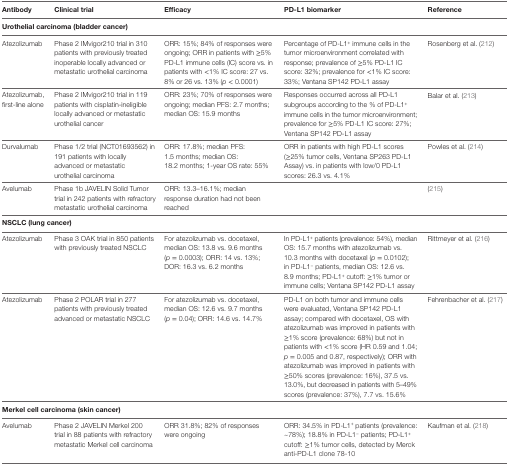
<table><thead><tr><td><b>Antibody</b></td><td><b>Clinical trial</b></td><td><b>Efficacy</b></td><td><b>PD-L1 biomarker</b></td><td><b>Reference</b></td></tr></thead><tbody><tr><td colspan="5"><b>Urothelial carcinoma (bladder cancer)</b></td></tr><tr><td>Atezolizumab</td><td>Phase 2 IMvigor210 trial in 310 patients with previously treated inoperable locally advanced or metastatic urothelial carcinoma</td><td>ORR: 15%; 84% of responses were ongoing; ORR in patients with ≥5% PD-L1 immune cells (IC) score vs. in patients with &lt;1% IC score: 27 vs. 8% or 26 vs. 13% (<i>p</i> &lt; 0.0001)</td><td>Percentage of PD-L1<sup>+</sup> immune cells in the tumor microenvironment correlated with response; prevalence of ≥5% PD-L1 IC score: 32%; prevalence for &lt;1% IC score: 33%; Ventana SP142 PD-L1 assay</td><td>Rosenberg et al. (212)</td></tr><tr><td>Atezolizumab, first-line alone</td><td>Phase 2 IMvigor210 trial in 119 patients with cisplatin-ineligible locally advanced or metastatic urothelial cancer</td><td>ORR: 23%; 70% of responses were ongoing; median PFS: 2.7 months; median OS: 15.9 months</td><td>Responses occurred across all PD-L1 subgroups according to the % of PD-L1<sup>+</sup> immune cells in the tumor microenvironment; prevalence for ≥5% PD-L1 IC score: 27%; Ventana SP142 PD-L1 assay</td><td>Balar et al. (213)</td></tr><tr><td>Durvalumab</td><td>Phase 1/2 trial (NCT01693562) in 191 patients with locally advanced or metastatic urothelial carcinoma</td><td>ORR: 17.8%; median PFS: 1.5 months; median OS: 18.2 months; 1-year OS rate: 55%</td><td>ORR in patients with high PD-L1 scores (≥25% tumor cells, Ventana SP263 PD-L1 Assay) vs. in patients with low/0 PD-L1 scores: 26.3 vs. 4.1%</td><td>Powles et al. (214)</td></tr><tr><td>Avelumab</td><td>Phase 1b JAVELIN Solid Tumor trial in 242 patients with refractory metastatic urothelial carcinoma</td><td>ORR: 13.3–16.1%; median response duration had not been reached</td><td></td><td>(215)</td></tr><tr><td colspan="5"><b>NSCLC (lung cancer)</b></td></tr><tr><td>Atezolizumab</td><td>Phase 3 OAK trial in 850 patients with previously treated NSCLC</td><td>For atezolizumab vs. docetaxel, median OS: 13.8 vs. 9.6 months (<i>p</i> = 0.0003); ORR: 14 vs. 13%; DOR: 16.3 vs. 6.2 months</td><td>In PD-L1<sup>+</sup> patients (prevalence: 54%), median OS: 15.7 months with atezolizumab vs. 10.3 months with docetaxel (<i>p</i> = 0.0102); in PD-L1<sup>−</sup> patients, median OS: 12.6 vs. 8.9 months; PD-L1<sup>+</sup> cutoff: ≥1% tumor or immune cells; Ventana SP142 PD-L1 assay</td><td>Rittmeyer et al. (216)</td></tr><tr><td>Atezolizumab</td><td>Phase 2 POLAR trial in 277 patients with previously treated advanced or metastatic NSCLC</td><td>For atezolizumab vs. docetaxel, median OS: 12.6 vs. 9.7 months (<i>p</i> = 0.04); ORR: 14.6 vs. 14.7%</td><td>PD-L1 on both tumor and immune cells were evaluated, Ventana SP142 PD-L1 assay; compared with docetaxel, OS with atezolizumab was improved in patients with ≥1% score (prevalence: 68%) but not in patients with &lt;1% score (HR 0.59 and 1.04; <i>p</i> = 0.005 and 0.87, respectively); ORR with atezolizumab was improved in patients with ≥50% scores (prevalence: 16%), 37.5 vs. 13.0%, but decreased in patients with 5–49% scores (prevalence: 37%), 7.7 vs. 15.6%</td><td>Fehrenbacher et al. (217)</td></tr><tr><td colspan="5"><b>Merkel cell carcinoma (skin cancer)</b></td></tr><tr><td>Avelumab</td><td>Phase 2 JAVELIN Merkel 200 trial in 88 patients with refractory metastatic Merkel cell carcinoma</td><td>ORR 31.8%; 82% of responses were ongoing</td><td>ORR: 34.5% in PD-L1<sup>+</sup> patients (prevalence: ~78%); 18.8% in PD-L1<sup>−</sup> patients; PD-L1<sup>+</sup> cutoff: ≥1% tumor cells, detected by Merck anti-PD-L1 clone 78-10</td><td>Kaufman et al. (218)</td></tr></tbody></table>